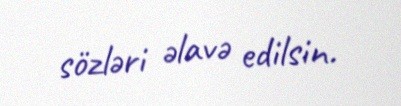
sözləri əlavə edilsin.